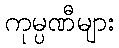
ကုမ္ပဏီများ